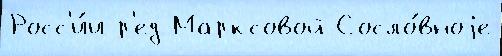
Росс'и́и р'ед Марксовой Сосло́вноjе